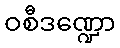
ဝစီဒဏ္ဍော